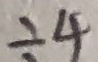
\div 4